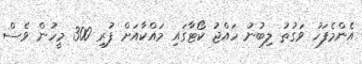
އެންމެފަހު ވަގުތު ލިބުނު ހައްޖު ކޯޓާގައި މައްކާއަށް ފުރި 300 މީހުން ވެސް